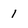
Character: 1